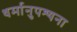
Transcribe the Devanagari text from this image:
धर्मानुपश्यना